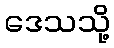
ဒေသသို့